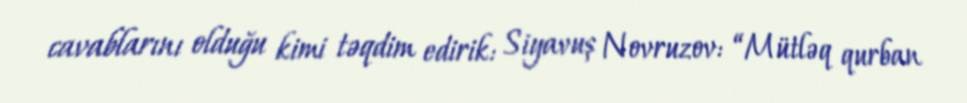
cavablarını olduğu kimi təqdim edirik: Siyavuş Novruzov: “Mütləq qurban